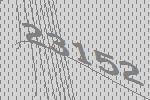
23152